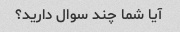
آیا شما چند سوال دارید؟